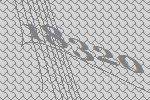
18320